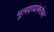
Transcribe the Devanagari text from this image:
मूलद्रव्यांबरोबर